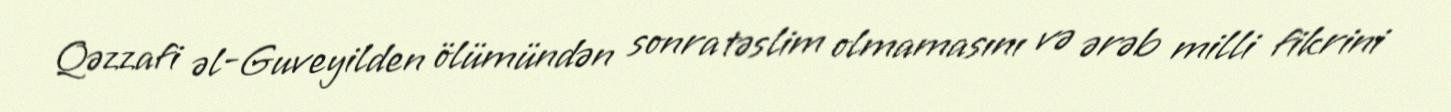
Qəzzafi əl-Guveyilden ölümündən sonra təslim olmamasını və ərəb milli fikrini